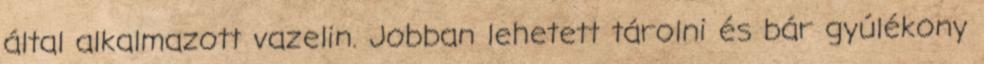
által alkalmazott vazelin. Jobban lehetett tárolni és bár gyúlékony